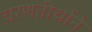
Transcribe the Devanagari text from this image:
चरणतीर्थाने